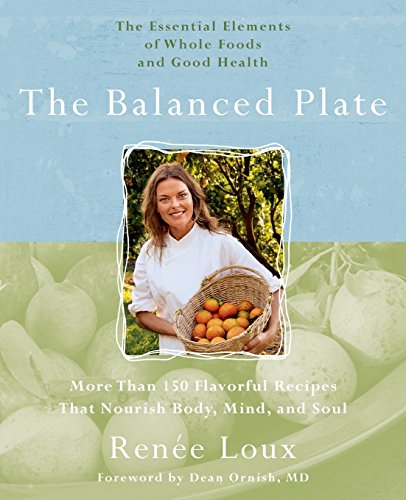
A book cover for The Balanced Plate: The Essential Elements of Whole Foods and Good Health; RenÃ©e Loux; Cookbooks, Food & Wine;